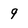
Character: 9